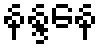
နန္ဒနေ